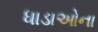
ધાડાઓના